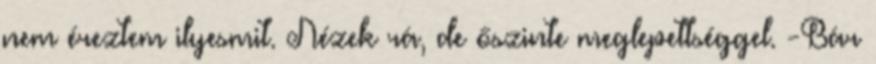
nem éreztem ilyesmit. Nézek rá, de őszinte meglepettséggel. -Bár